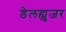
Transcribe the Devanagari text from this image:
डेलह्युजर